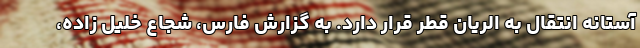
آستانه انتقال به الریان قطر قرار دارد. به گزارش فارس، شجاع خلیل زاده،